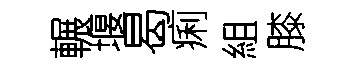
輾堰曷痢組膝